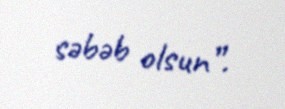
səbəb olsun”.